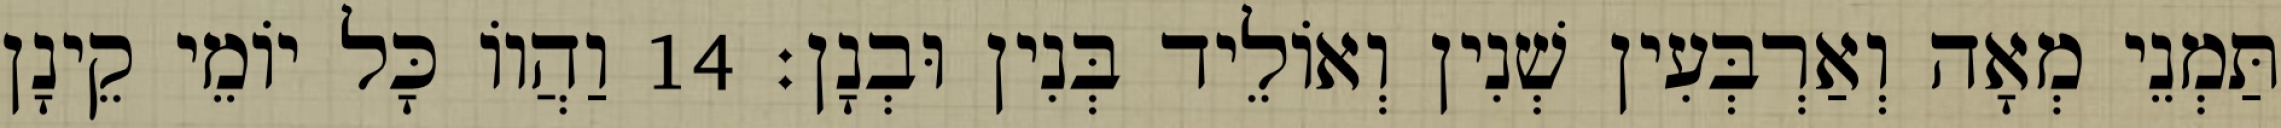
תַּמְנֵי מְאָה וְאַרְבְּעִין שְׁנִין וְאוֹלֵיד בְּנִין וּבְנָן׃ 14 וַהֲווֹ כָּל יוֹמֵי קֵינָן